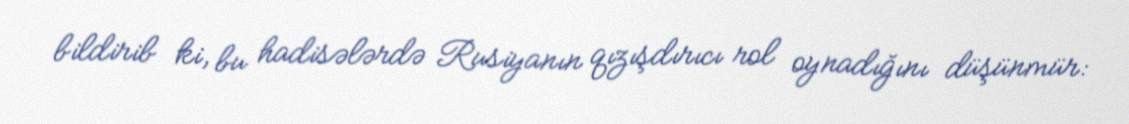
bildirib ki, bu hadisələrdə Rusiyanın qızışdırıcı rol oynadığını düşünmür: